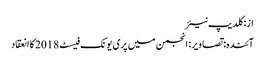
از: کلدیپ نیئر
آئندہ: تصاویر: انجمن میں پری یونک فیسٹ 2018 کا انعقاد